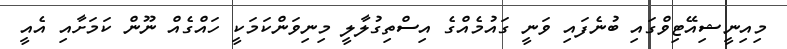
މިއިނީޝިއޭޓިވްގައި ބުނެފައި ވަނީ ގައުމެއްގެ އިސްތިގުލާލީ މިނިވަންކަމަކީ ހައްގެއް ނޫން ކަމަށާއި އެއީ